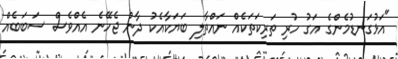
"އަޅުގަނޑުމެންގެ އަގު ހުރި ތަރިކަތަކެއް ނައްތާލި ބަޔަކާއެކު ދާން ޖެހޭނެ އެއްވެސް ސަބަބެއް